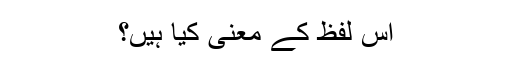
اس لفظ کے معنی کیا ہیں؟